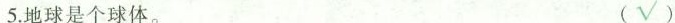
5.地球是个球体。 (√)